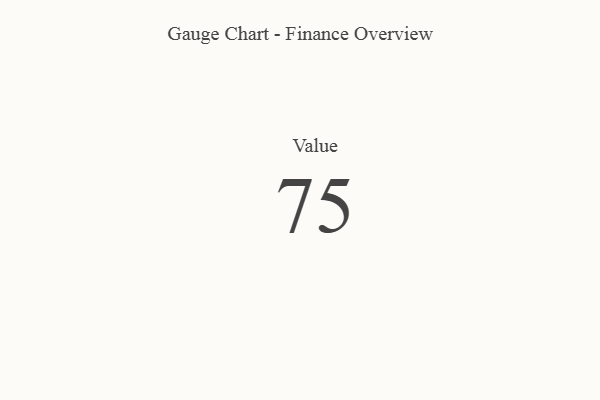
{"axis": {"x": "Metric", "y": "Value"}, "legend": [""], "data": [{"x": "Value", "y": 75, "type": ""}]}